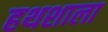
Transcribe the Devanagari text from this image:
हथशाला